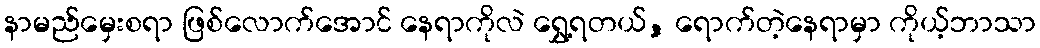
နာမည်မှေးစရာ ဖြစ်လောက်အောင် နေရာကိုလဲ ရွှေ့ရတယ်, ရောက်တဲ့နေရာမှာ ကိုယ့်ဘာသာ